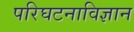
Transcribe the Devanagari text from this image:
परिघटनाविज्ञान